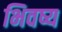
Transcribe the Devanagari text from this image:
भिवष्य